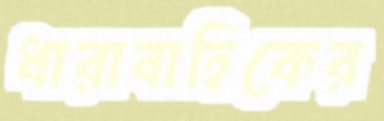
ধারাবাহিকের